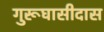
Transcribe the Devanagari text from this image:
गुरूघासीदास